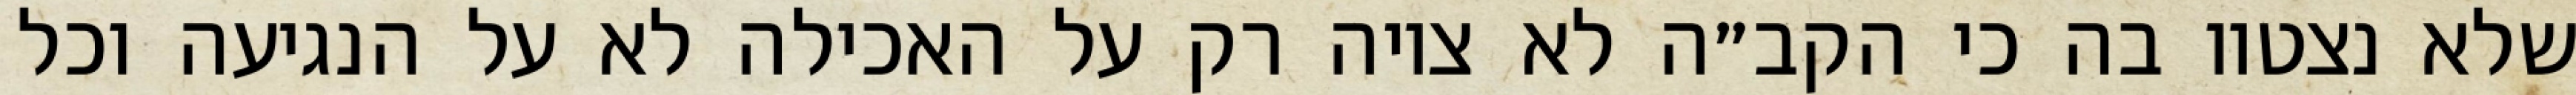
שלא נצטוו בה כי הקב״ה לא ציוה רק על האכילה לא על הנגיעה וכל